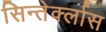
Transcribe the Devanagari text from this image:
सिन्तेर्क्लास